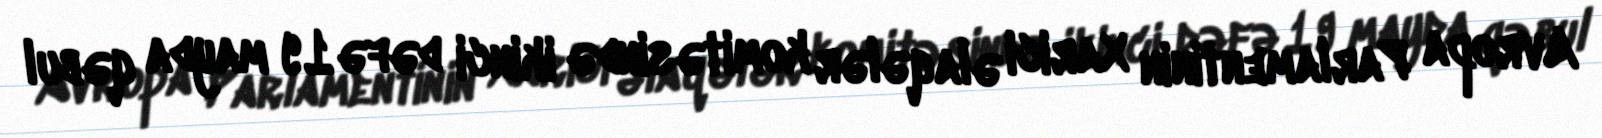
Avropa Parlamentinin Xarici əlaqələr komitəsində ikinci dəfə 19 mayda qəbul